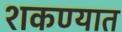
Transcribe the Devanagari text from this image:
शकण्यात